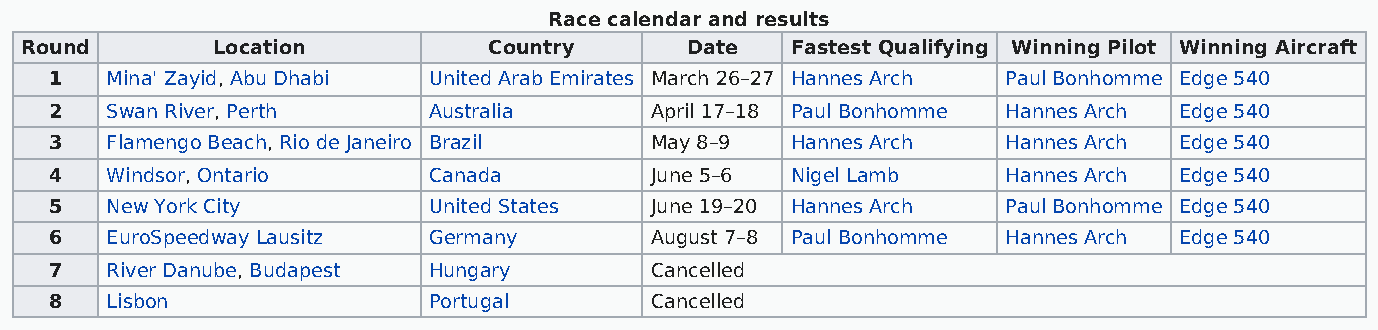
Race calendar and results
 Round        Location          Country      Date   Fastest Qualifying Winning Pilot Winning Aircraft
 1   Mina' Zayid, Abu Dhabi United Arab Emirates March 26–27 Hannes Arch Paul Bonhomme Edge 540
 2   Swan River, Perth    Australia      April 17–18 Paul Bonhomme Hannes Arch Edge 540
 3   Flamengo Beach, Rio de Janeiro Brazil May 8–9 Hannes Arch   Hannes Arch Edge 540
 4   Windsor, Ontario     Canada         June 5–6 Nigel Lamb     Hannes Arch Edge 540
 5   New York City        United States  June 19–20 Hannes Arch  Paul Bonhomme Edge 540
 6   EuroSpeedway Lausitz Germany        August 7–8 Paul Bonhomme Hannes Arch Edge 540
 7   River Danube, Budapest Hungary      Cancelled
 8   Lisbon               Portugal       Cancelled